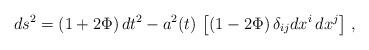
LaTeX: \begin{align*}ds^2=(1+2\Phi)\,dt^2-a^2(t)\,\left[(1-2\Phi)\,\delta_{ij}dx^i\,dx^j\right]\, ,\end{align*}